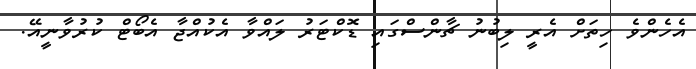
އެހެންވެ ހިތަށް އެރީ ލިބުނު ޗާންސްގައި ޑޮކްޓަރު ލައްވާ އެކުއްޖާ އެބޯޓް ކުރުވާނީއޭ.